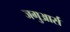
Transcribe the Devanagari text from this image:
जगुआर्स